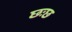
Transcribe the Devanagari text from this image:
छःछ